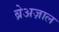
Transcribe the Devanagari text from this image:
ब्रेअज़ाल